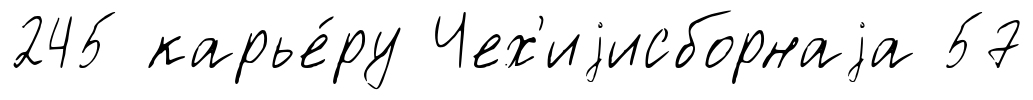
245 карье́ру Чех'иjисборнаjа 57